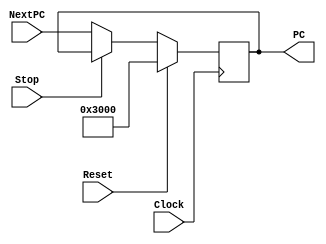
`timescale 1ns / 1ps
//////////////////////////////////////////////////////////////////////////////////
// Company: 
// Engineer: 
// 
// Design Name: 
// Module Name:    PC 
// Project Name: 
// Target Devices: 
// Tool versions: 
// Description: 
//
// Dependencies: 
//
// Revision: 
// Revision 0.01 - File Created
// Additional Comments: 
//
//////////////////////////////////////////////////////////////////////////////////
module PC(
    input Clock,
	 input Reset,
	 input Stop,
	 input [31:0] NextPC,
    output reg [31:0] PC
    );
	 
	initial begin
		PC = 32'h0000_3000;
	end

	always @ (posedge Clock) begin
		if(Reset == 1)
			PC = 32'h0000_3000;
		else if(Stop == 1)
			PC = PC;
		else
			PC = NextPC;
	end

endmodule